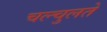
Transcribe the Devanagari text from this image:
चल्चुलते